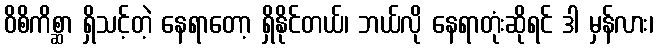
ဝိစိကိစ္ဆာ ရှိသင့်တဲ့ နေရာတော့ ရှိနိုင်တယ်၊ ဘယ်လို နေရာတုံးဆိုရင် ဒါ မှန်လား၊